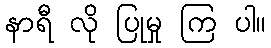
နာရီ လို ပြုမှု ကြ ပါ။